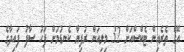
އޭގެ ތެރެއިން ޓެކްސްއަށް 32 މިލިއަން ރުފިޔާ ކެނޑުމަށް ފަހު ސާފު ފައިދާގެ